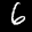
Label: 6